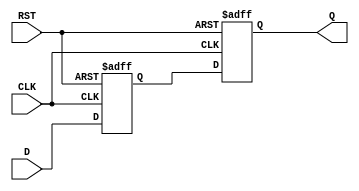
module ms_flip_flop_synchronizer (
    input wire D,          // Asynchronous input signal
    input wire CLK,        // Primary clock signal
    input wire RST,        // Asynchronous reset signal
    output reg Q          // Synchronized output signal
);

    reg Q_M;              // Output of Master Flip-Flop

    // Master Flip-Flop
    always @(posedge CLK or posedge RST) begin
        if (RST) begin
            Q_M <= 1'b0;  // Reset state
        end else begin
            Q_M <= D;     // Sample D on rising edge of CLK
        end
    end

    // Slave Flip-Flop
    always @(posedge CLK or posedge RST) begin
        if (RST) begin
            Q <= 1'b0;    // Reset state
        end else begin
            Q <= Q_M;     // Sample Q_M on rising edge of CLK
        end
    end

endmodule